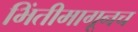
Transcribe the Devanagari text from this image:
भिंतीमागूनच